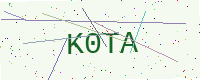
Text: K0TA